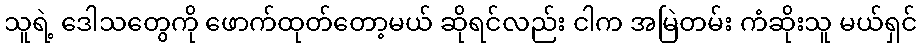
သူရဲ့ ဒေါသတွေကို ဖောက်ထုတ်တော့မယ် ဆိုရင်လည်း ငါက အမြဲတမ်း ကံဆိုးသူ မယ်ရှင်